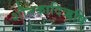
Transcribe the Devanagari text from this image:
शौनकादिऋषि